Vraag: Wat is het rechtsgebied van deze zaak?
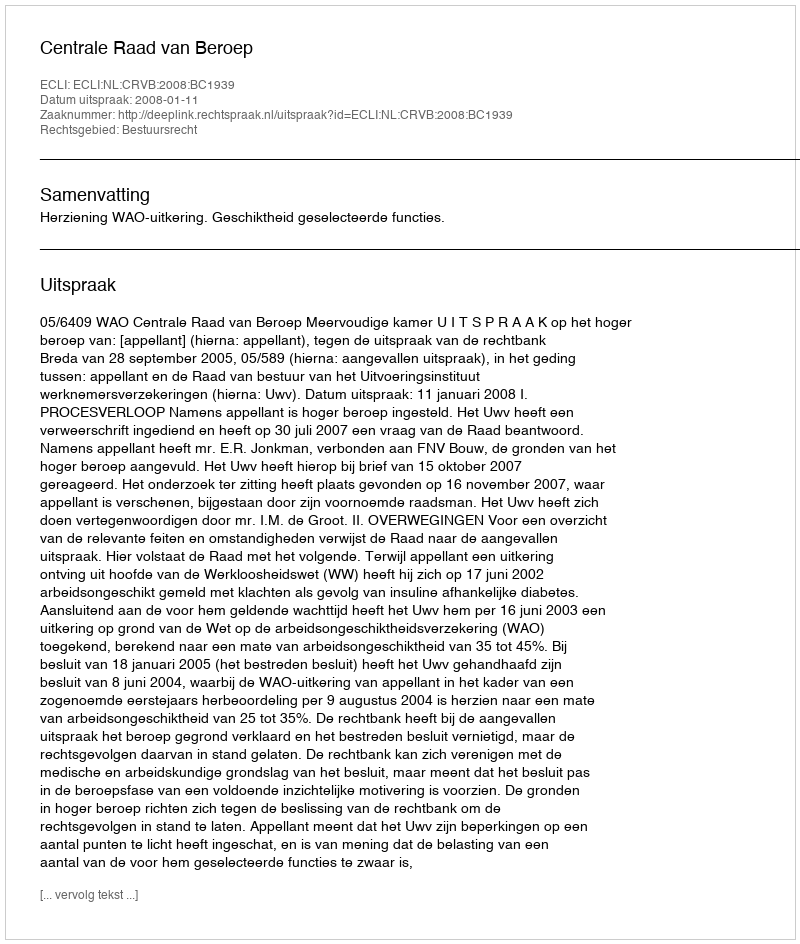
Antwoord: Bestuursrecht